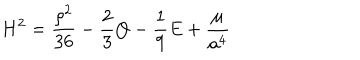
LaTeX: H ^ { 2 } = \frac { \rho ^ { 2 } } { 3 6 } - \frac { 2 } { 3 } Q - \frac { 1 } { 9 } E + \frac { \cal \mu } { a ^ { 4 } }